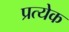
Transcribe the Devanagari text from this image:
प्रत्येेक